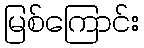
မြစ်ကြောင်း